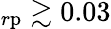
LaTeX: _{r\mathrm{p}}\gtrsim 0.03